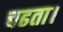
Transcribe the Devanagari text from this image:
चढता।